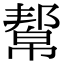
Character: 幚